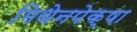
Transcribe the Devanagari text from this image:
मिथेनपेक्षा